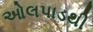
ઓલપાડથી